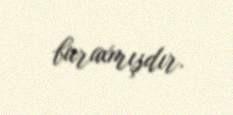
buraxmışdır.